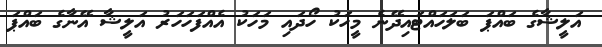
އަލީޝާގެ ބައްޕަ ބަލަހައްޓައިދޭނެ މީހަކު ހޯދައި މަހަކު އެއްފަހަހަރު އަލީޝާ އޭނާގެ ބައްޕަ